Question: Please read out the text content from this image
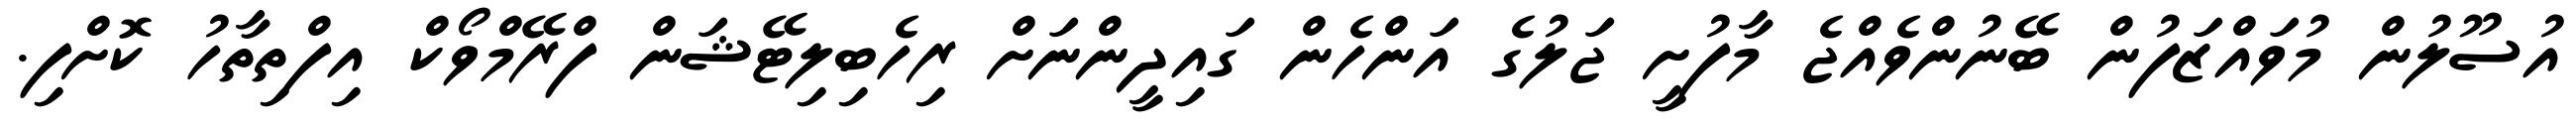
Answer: އުސޫލުން މުވައްޒަފުން ބޭނުންވެއްޖެ މާފުށީ ޖަލުގެ އަންހެން ގައިދީންނަށް ރިހެބިލިޓޭޝަން ފްރޭމްވޯކް އިފްތިތާހު ކޮށްފި.